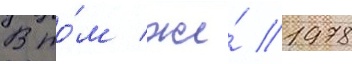
В то́м же́ 1978